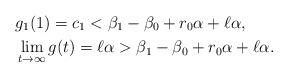
\begin{align*}&g_1(1)=c_1< \beta_1-\beta_0+r_0\alpha+\ell\alpha,\\&\lim_{t\to\infty}g(t)=\ell\alpha> \beta_1-\beta_0+r_0\alpha+\ell\alpha.\end{align*}